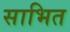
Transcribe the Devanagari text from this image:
साभित